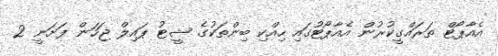
އެއާޕޯޓް ތަރައްގީކުރުން އެއާޕޯޓުގައި ހިއްކި ބިންތަކުގެ ޝީޓު ޕައިލް ޖަހަން ފަށަނީ 2